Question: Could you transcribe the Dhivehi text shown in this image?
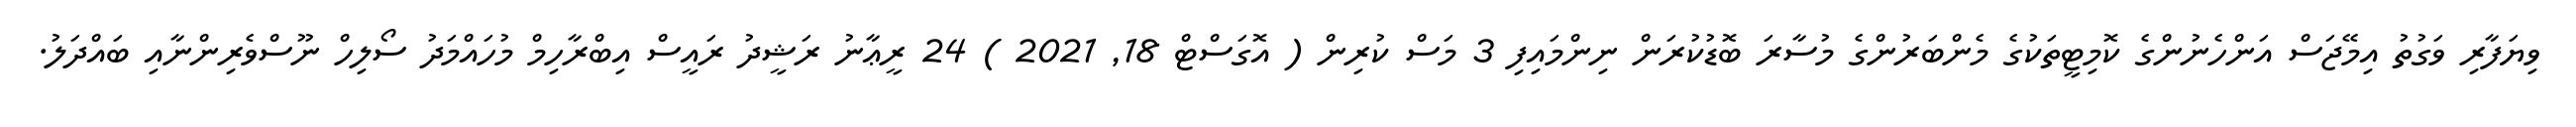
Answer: ވިޔަފާރި ވަގުތު އިމޭޖަސް އަންހެނުންގެ ކޮމިޓީތަކުގެ މެންބަރުންގެ މުސާރަ ބޮޑުކުރަން ނިންމައިފި 3 މަސް ކުރިން ( އޮގަސްޓް 18, 2021 ) 24 ރީޢާނު ރަޝީދު ރައީސް އިބްރާހިމް މުހައްމަދު ސޯލިހް ނޫސްވެރިންނާއި ބައްދަލު.